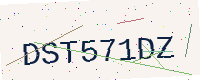
Text: DST571DZ